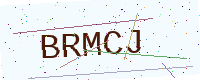
Text: BRMCJ